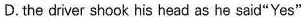
D. the driver shook his head as he said"Yes"